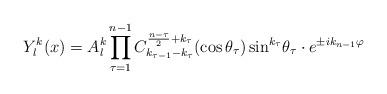
LaTeX: \begin{align*}Y_l^k(x)=A_l^k\prod_{\tau=1}^{n-1}C_{k_{\tau-1}-k_\tau}^{\frac{n-\tau}{2}+k_\tau}(\cos\theta_\tau)\sin^{k_\tau}\!\theta_\tau\cdot e^{\pm ik_{n-1}\varphi}\end{align*}